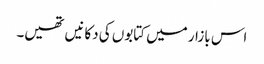
اس بازار میں کتابوں کی دکانیں تھیں۔